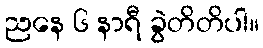
ညနေ ၆ နာရီ ခွဲတိတိပါ။